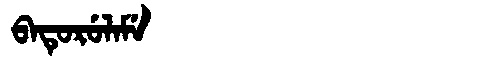
Manchu: ᠪᠠᡨᡠᡵᡠᠯᠠᠮᡝ
Romanization: BATURULAME